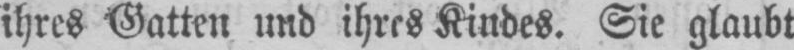
ihres Gatten und ihres Kindes. Sie glaubt